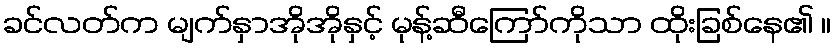
ခင်လတ်က မျက်နှာအိုအိုနှင့် မုန့်ဆီကြော်ကိုသာ ထိုးခြစ်နေ၏ ။